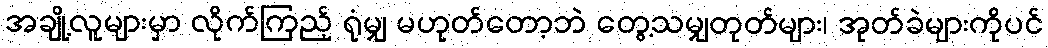
အချို့လူများမှာ လိုက်ကြည့် ရုံမျှ မဟုတ်တော့ဘဲ တွေ့သမျှတုတ်များ၊ အုတ်ခဲများကိုပင်